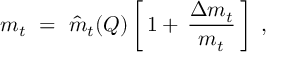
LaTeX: m _ { t } \ = \ \hat { m } _ { t } ( Q ) \left[ \, 1 + \, { \frac { \Delta m _ { t } } { m _ { t } } } \, \right] \ ,